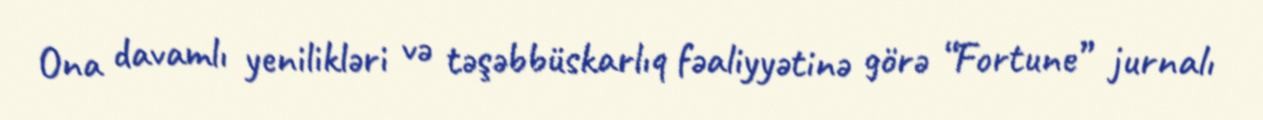
Ona davamlı yenilikləri və təşəbbüskarlıq fəaliyyətinə görə “Fortune” jurnalı